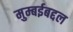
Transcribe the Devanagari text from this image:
मुम्बईबद्दल